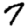
Digit: 7